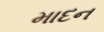
માદન